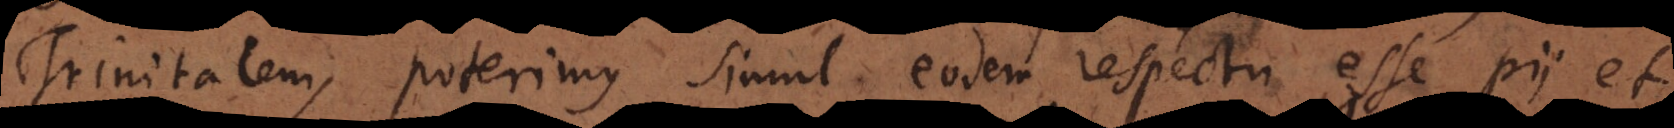
Trinitatem; poterimus simul eodem respectu esse pii et